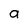
Character: a